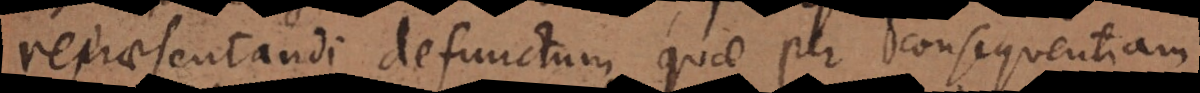
repraesentandi defunctum quae per consequentiam